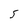
Character: 5